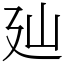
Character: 𢌚